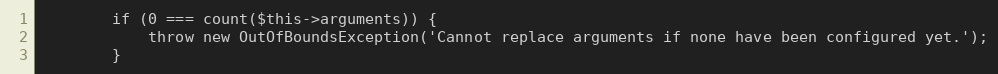
Language: PHP
        if (0 === count($this->arguments)) {
            throw new OutOfBoundsException('Cannot replace arguments if none have been configured yet.');
        }